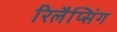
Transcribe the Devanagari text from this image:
रिलैप्सिंग